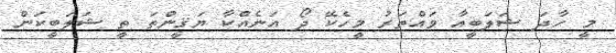
މީ ހާދަ ޝަލަބީއާ ވައްތަރު މީހެކޭ ދޯ އަނެއްކާ ޔަޤީންތަ ތީ ޝަލަބީކަން